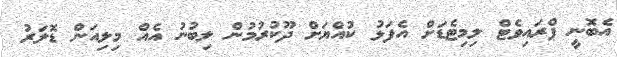
އެބޮނީ ޕްރައިވެޓް ލިމިޓެޑަށް އެފަޅު ކުއްޔަށް ދޫކުރުމުން ލިބުނު އެއް މިލިއަން ޑޮލަރު